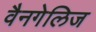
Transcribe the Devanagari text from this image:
वैनगेलिज